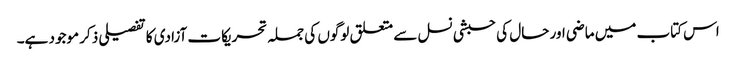
اس کتاب میں ماضی اور حال کی حبشی نسل سے متعلق لوگوں کی جملہ تحریکات آزادی کا تفصیلی ذکر موجود ہے۔